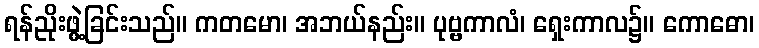
ရန်ညိုးဖွဲ့ခြင်းသည်။ ကတမော၊ အဘယ်နည်း။ ပုဗ္ဗကာလံ၊ ရှေးကာလ၌။ ကောဓော၊